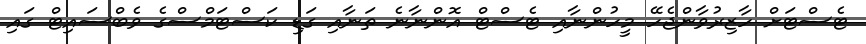
ޓެސްޓަށް ހާޒިރުވާންޖެހޭ މީހުންނާއި ޓެސްޓް އޮންނާނެ ތަނާއި ގަޑި ކަސްޓަމްސްގެ ވެބްސައިޓް ގައި